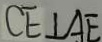
C E \bot A E